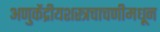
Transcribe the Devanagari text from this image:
अणुकेंद्रीयशस्‍त्रचाचणीमधून